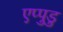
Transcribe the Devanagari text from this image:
एप्पुडु